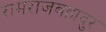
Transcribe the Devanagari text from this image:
रामराजबहादुर